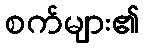
စက်များ၏